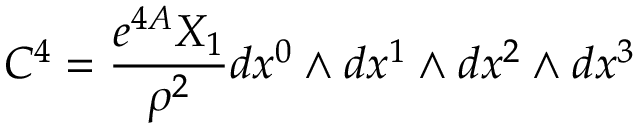
C ^ { 4 } = { \frac { e ^ { 4 A } X _ { 1 } } { \rho ^ { 2 } } } d x ^ { 0 } \wedge d x ^ { 1 } \wedge d x ^ { 2 } \wedge d x ^ { 3 }